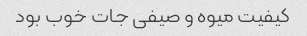
کیفیت میوه و صیفی جات خوب بود